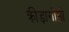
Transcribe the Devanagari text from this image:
क्रीड़ागोष्ठी